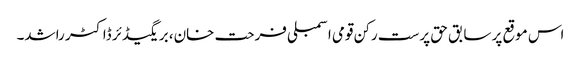
اس موقع پر سابق حق پرست رکن قومی اسمبلی فرحت خان، بریگیڈئر ڈاکٹر راشد۔